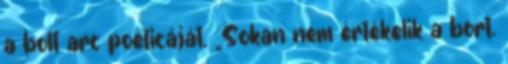
a bolt arc poeticáját. „Sokan nem értékelik a bort.